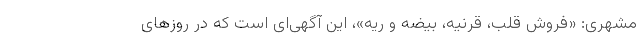
مشهری: «فروش قلب، قرنیه، بیضه و ریه»، این آگهی‌ای است که در روز‌های